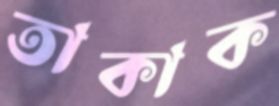
তাকাক